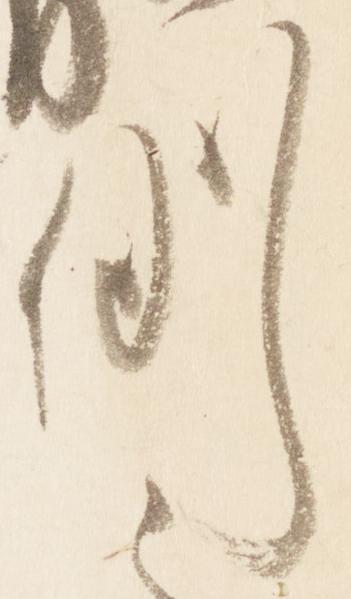
例